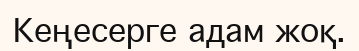
Кеңесерге адам жоқ.